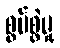
စွပ်စွဲမှု